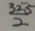
\frac { 3 2 5 } { 2 }